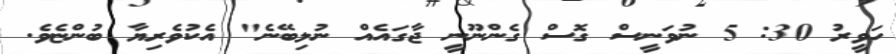
ހަވީރު 30: 5 ނުވަނީސް ގޮސް ގެންނޫނީ ޖާގައެއް ނުލިބޭނެ" އެކުވެރިޔާ ބުންޏެވެ.